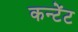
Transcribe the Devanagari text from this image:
कन्टेंट